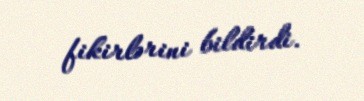
fikirlərini bildirdi.